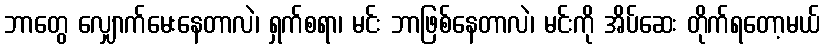
ဘာတွေ လျှောက်မေးနေတာလဲ၊ ရှက်စရာ၊ မင်း ဘာဖြစ်နေတာလဲ၊ မင်းကို အိပ်ဆေး တိုက်ရတော့မယ်